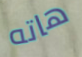
هاته